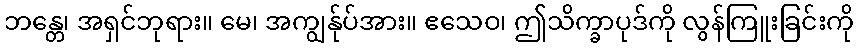
ဘန္တေ၊ အရှင်ဘုရား။ မေ၊ အကျွန်ုပ်အား။ ဧသေဝ၊ ဤသိက္ခာပုဒ်ကို လွန်ကြူးခြင်းကို